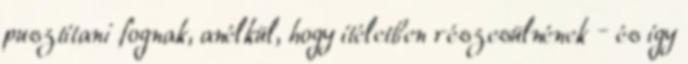
pusztítani fognak, anélkül, hogy ítéletben részesülnének – és így